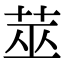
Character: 莁